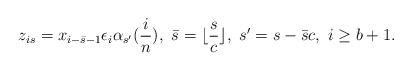
LaTeX: \begin{align*} z_{is}=x_{i-\bar{s}-1}\epsilon_{i} \alpha_{s^{\prime}}(\frac{i}{n}), \ \bar{s}=\lfloor \frac{s}{c}\rfloor , \ s^{\prime}=s- \bar{s} c, \ i \geq b+1.\end{align*}